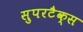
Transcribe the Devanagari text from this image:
सुपरटैक्स